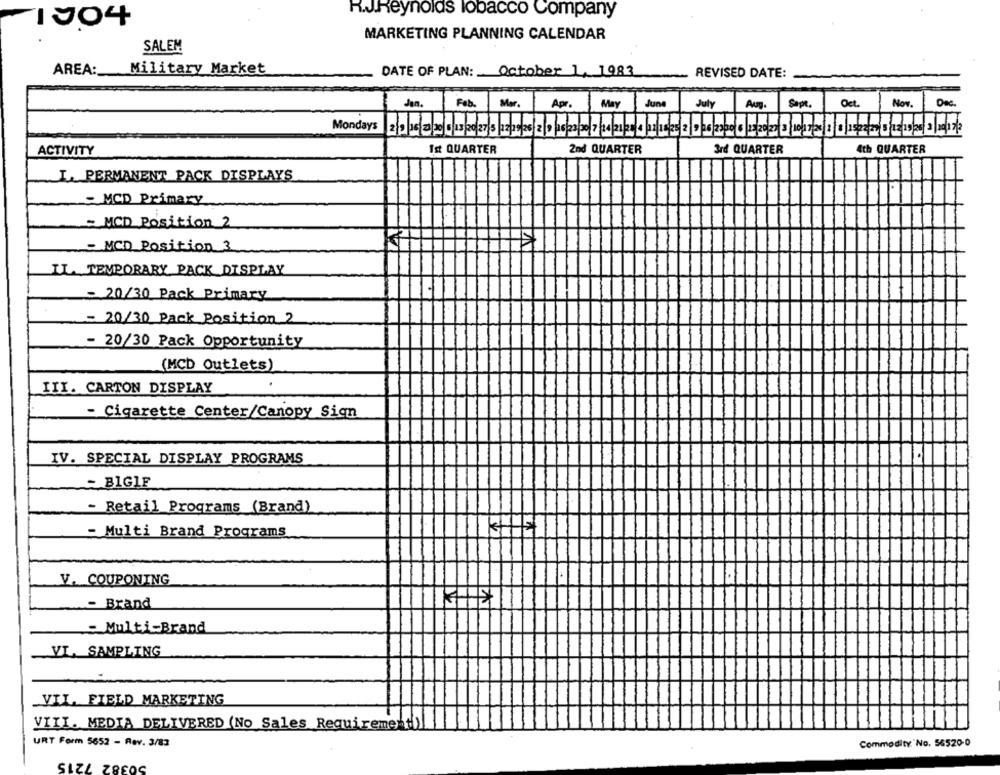
R.J.Reynolds lobacco Company
1904
MARKETING PLANNING CALENDAR
SALEM
AREA: Military Market
DATE OF PLAN: October 1, 1983
REVISED DATE:
Feb.
Mer.
June
Oct.
Nov.
Jan.
Apr.
May
July
Aug.
Samt.
Dec.
ACTIVITY
Ist QUARTER
2nd QUARTER
3rd QUARTER
4th QUARTER
I. PERMANENT PACK DISPLAYS
- MCD Primary
= MCD Position 2
- MCD Position 3
IL. TEMPORARY PACK DISPLAY
- 20/30 Pack Primary
- 20/30 Pack Position 2
- 20/30 Pack Opportunity
(MCD Outlets)
III. CARTON DISPLAY
- Cigarette Center/Canopy Sign
IV. SPECIAL DISPLAY PROGRAMS
- BIGIF
- Retail Programs (Brand)
- Multi Brand Programs
V. COUPONING
- Brand
- Multi-Brand
VI. SAMPLING
VII. FIELD MARKETING
VIII. MEDIA DELIVERED (No Sales Requirement)
URT Form 5652 - Rev. 3/83
Commodity No. 56520-0
50382 7215